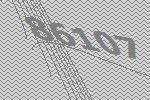
86107